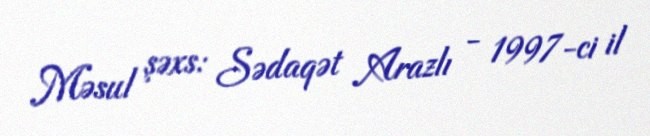
Məsul şəxs: Sədaqət Arazlı - 1997-ci il